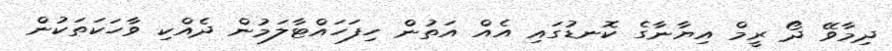
ދިމާވޭ ދޯ ރީމް އިޔާނާގެ ކޮނޑުގައި އެއް އަތުން ހިފަހައްޓާލަމުން ދެއްކި ވާހަކަތަކުން